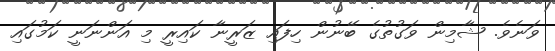
ވަނެވެ. ޝާމިން ވަގުތުގެ ބޭނުން ހިފައި ޒަރީނާ ކައިރީ މި އަންނަނީ ކަމުގައި